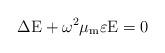
LaTeX: \begin{align*}\Delta \mathrm{E} + \omega^2\mu_\mathrm{m}\varepsilon \mathrm{E} = 0 \end{align*}